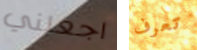
اجعلني تعرف